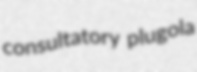
consultatory plugola